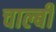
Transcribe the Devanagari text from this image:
चाल्बी